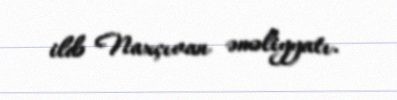
ildə Naxçıvan əməliyyatı.